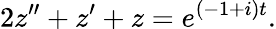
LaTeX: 2z^{\prime\prime}+z^{\prime}+z=e^{(-1+i)t}.